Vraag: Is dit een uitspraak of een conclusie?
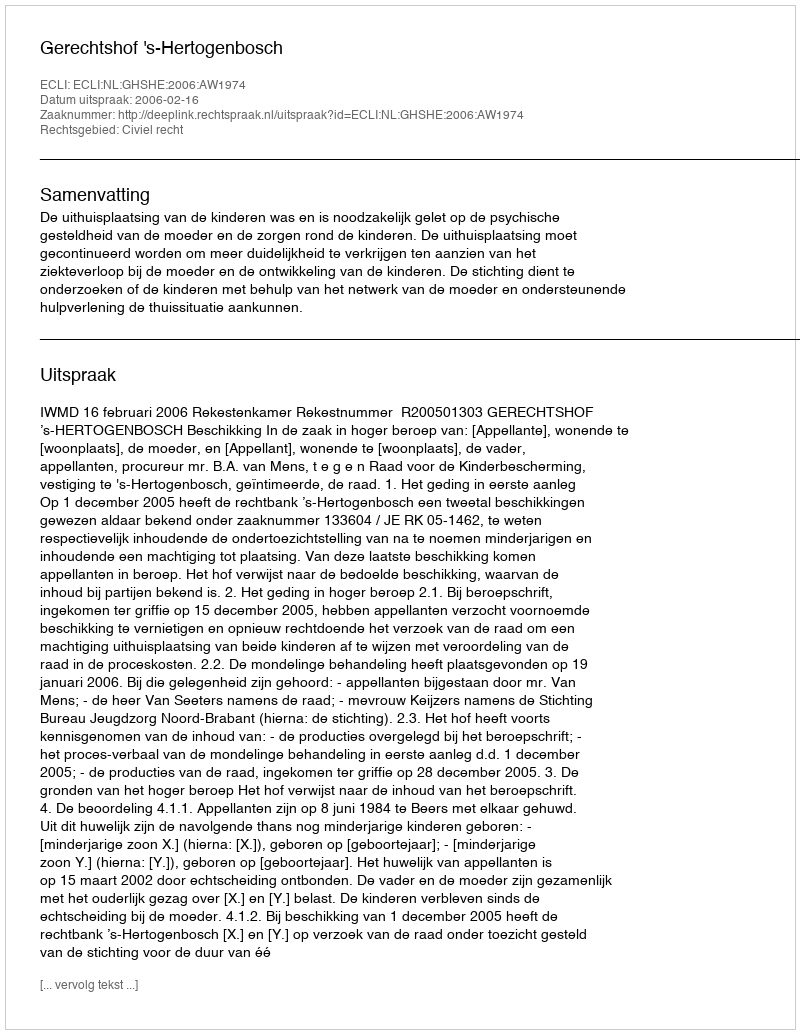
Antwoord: Uitspraak